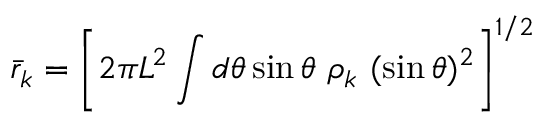
{ \bar { r } _ { k } } = \left[ 2 \pi L ^ { 2 } \int d \theta \sin { \theta } \ \rho _ { k } \ ( \sin \theta ) ^ { 2 } \right] ^ { 1 / 2 }